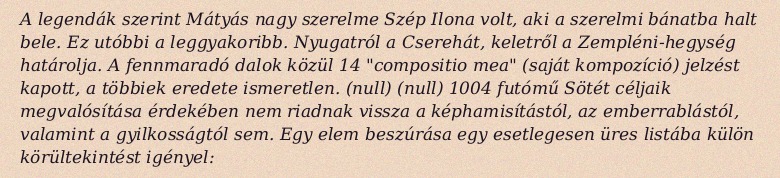
A legendák szerint Mátyás nagy szerelme Szép Ilona volt, aki a szerelmi bánatba halt bele. Ez utóbbi a leggyakoribb. Nyugatról a Cserehát, keletről a Zempléni-hegység határolja. A fennmaradó dalok közül 14 "compositio mea" (saját kompozíció) jelzést kapott, a többiek eredete ismeretlen. (null) (null) 1004 futómű Sötét céljaik megvalósítása érdekében nem riadnak vissza a képhamisítástól, az emberrablástól, valamint a gyilkosságtól sem. Egy elem beszúrása egy esetlegesen üres listába külön körültekintést igényel: